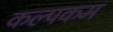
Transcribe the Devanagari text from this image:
कल्पकम